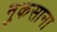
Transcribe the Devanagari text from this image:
नुकसाना